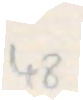
48